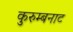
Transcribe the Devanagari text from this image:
कुरुम्बनाट